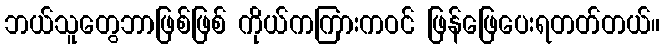
ဘယ်သူတွေဘာဖြစ်ဖြစ် ကိုယ်ကကြားကဝင် ဖြန်ဖြေပေးရတတ်တယ်။